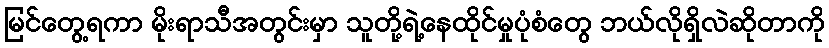
မြင်တွေ့ရကာ မိုးရာသီအတွင်းမှာ သူတို့ရဲ့နေထိုင်မှုပုံစံတွေ ဘယ်လိုရှိလဲဆိုတာကို